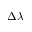
\Delta \lambda